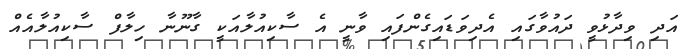
އަދި ވިދާޅުވީ ދައުވާގައި އެދިވަޑައިގެންފައި ވާނީ އެ ސާކިއުލާއަކީ ގާނޫނާ ހިލާފް ސާކިއުލާއެއް